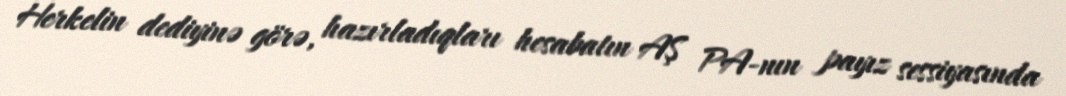
Herkelin dediyinə görə, hazırladıqları hesabatın AŞ PA-nın payız sessiyasında